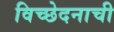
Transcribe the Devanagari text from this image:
विच्छेदनाची